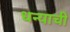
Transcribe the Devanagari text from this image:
धन्याची